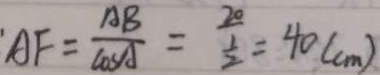
A F = \frac { A B } { \cos A } = \frac { 2 0 } { \frac { 1 } { 2 } } = 4 0 ( c m )